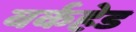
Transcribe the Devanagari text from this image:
बर्कहेड